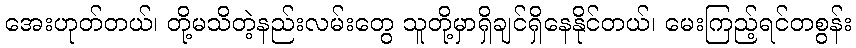
အေးဟုတ်တယ်၊ တို့မသိတဲ့နည်းလမ်းတွေ သူတို့မှာရှိချင်ရှိနေနိုင်တယ်၊ မေးကြည့်ရင်တစွန်း